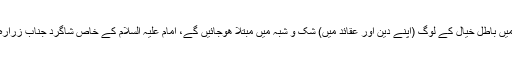
”حضرت امام مھدی علیہ السلام کی طولانی غیبت کے زمانہ میں باطل خیال کے لوگ (اپنے دین اور عقائد میں) شک و شبہ میں مبتلا ھوجائیں گے، امام علیہ السلام کے خاص شاگرد جناب زرارہ نے کھا: آقا اگر میں وہ زمانہ پائوں تو کونسا عمل انجام دوں؟